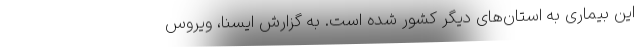
این بیماری به استان‌های دیگر کشور شده است. به گزارش ایسنا، ویروس